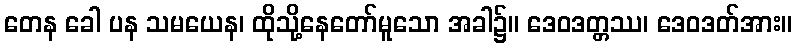
တေန ခေါ ပန သမယေန၊ ထိုသို့နေတော်မူသော အခါ၌။ ဒေဝဒတ္တဿ၊ ဒေဝဒတ်အား။